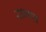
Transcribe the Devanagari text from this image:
समाच